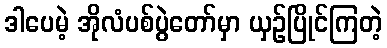
ဒါပေမဲ့ အိုလံပစ်ပွဲတော်မှာ ယှဉ်ပြိုင်ကြတဲ့